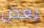
بعض